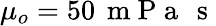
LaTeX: \mu_{o}=50\, \mathrm{~m~P~a~}\, \mathrm{~s~}